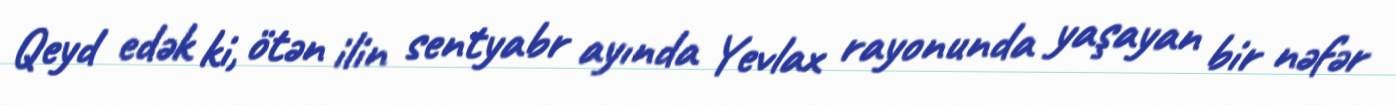
Qeyd edək ki, ötən ilin sentyabr ayında Yevlax rayonunda yaşayan bir nəfər